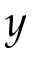
y